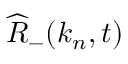
\widehat { R } _ { - } ( \boldsymbol { k } _ { n } , t )